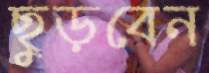
ছুড়বেন